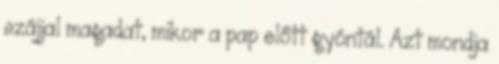
szájjal magadat, mikor a pap előtt gyóntál. Azt mondja